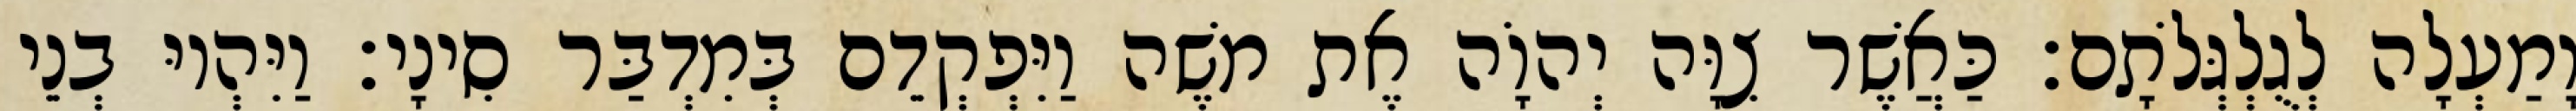
וָמַעְלָה לְגֻלְגְּלֹתָם׃ כַּאֲשֶׁר צִוָּה יְהוָֹה אֶת משֶׁה וַיִּפְקְדֵם בְּמִדְבַּר סִינָי׃ וַיִּהְיוּ בְנֵי